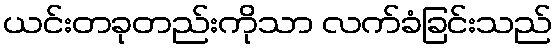
ယင်းတခုတည်းကိုသာ လက်ခံခြင်းသည်